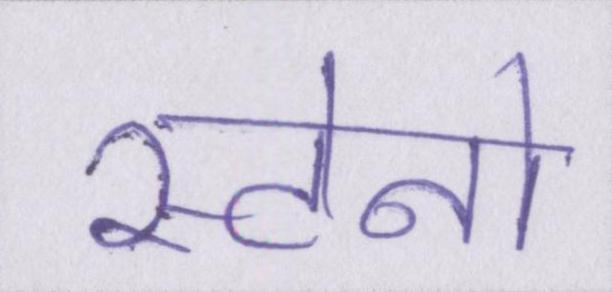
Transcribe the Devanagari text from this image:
स्टेनो